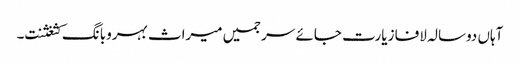
آہاں دوسالہ لافا زیارت جائے سرجمیں میراث بہروبانگ کثغثنت۔